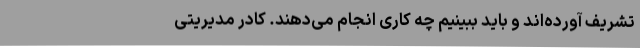
تشریف آورده‌اند و باید ببینیم چه کاری انجام می‌دهند. کادر مدیریتی